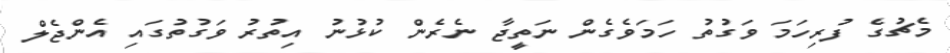
މެޗުގެ ފުުރިހަމަ ވަގުތު ހަމަވެގެން ނަތީޖާ ނެރެން ކުޅުނު އިތުރު ވަގުތުގައި އެންޖެލް